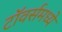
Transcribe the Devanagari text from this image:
टॉवर्समध्ये